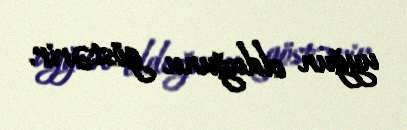
uyğun olduğunu göstərir.